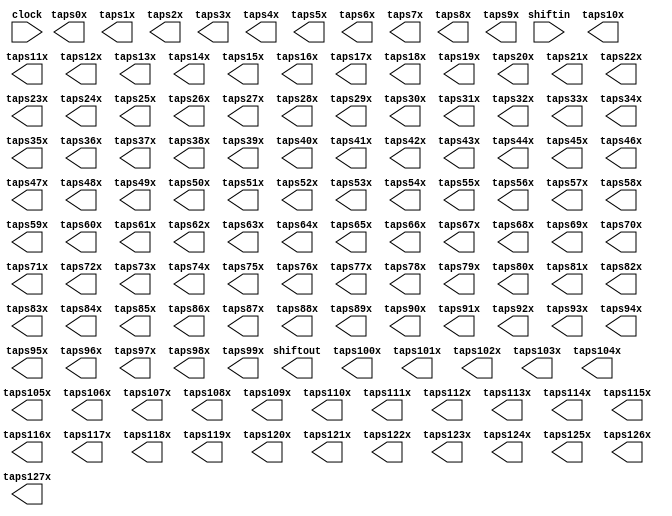
// megafunction wizard: %Shift register (RAM-based)%VBB%
// GENERATION: STANDARD
// VERSION: WM1.0
// MODULE: ALTSHIFT_TAPS 

// ============================================================
// Megafunction Name(s):
// 			ALTSHIFT_TAPS
//
// Simulation Library Files(s):
// 			altera_mf
// ============================================================
// ************************************************************
// THIS IS A WIZARD-GENERATED FILE. DO NOT EDIT THIS FILE!
//
// 12.1 Build 177 11/07/2012 SJ Full Version
// ************************************************************

//Copyright (C) 1991-2012 Altera Corporation
//Your use of Altera Corporation's design tools, logic functions 
//and other software and tools, and its AMPP partner logic 
//functions, and any output files from any of the foregoing 
//(including device programming or simulation files), and any 
//associated documentation or information are expressly subject 
//to the terms and conditions of the Altera Program License 
//Subscription Agreement, Altera MegaCore Function License 
//Agreement, or other applicable license agreement, including, 
//without limitation, that your use is for the sole purpose of 
//programming logic devices manufactured by Altera and sold by 
//Altera or its authorized distributors.  Please refer to the 
//applicable agreement for further details.

module history_reg (
	clock,
	shiftin,
	shiftout,
	taps0x,
	taps100x,
	taps101x,
	taps102x,
	taps103x,
	taps104x,
	taps105x,
	taps106x,
	taps107x,
	taps108x,
	taps109x,
	taps10x,
	taps110x,
	taps111x,
	taps112x,
	taps113x,
	taps114x,
	taps115x,
	taps116x,
	taps117x,
	taps118x,
	taps119x,
	taps11x,
	taps120x,
	taps121x,
	taps122x,
	taps123x,
	taps124x,
	taps125x,
	taps126x,
	taps127x,
	taps12x,
	taps13x,
	taps14x,
	taps15x,
	taps16x,
	taps17x,
	taps18x,
	taps19x,
	taps1x,
	taps20x,
	taps21x,
	taps22x,
	taps23x,
	taps24x,
	taps25x,
	taps26x,
	taps27x,
	taps28x,
	taps29x,
	taps2x,
	taps30x,
	taps31x,
	taps32x,
	taps33x,
	taps34x,
	taps35x,
	taps36x,
	taps37x,
	taps38x,
	taps39x,
	taps3x,
	taps40x,
	taps41x,
	taps42x,
	taps43x,
	taps44x,
	taps45x,
	taps46x,
	taps47x,
	taps48x,
	taps49x,
	taps4x,
	taps50x,
	taps51x,
	taps52x,
	taps53x,
	taps54x,
	taps55x,
	taps56x,
	taps57x,
	taps58x,
	taps59x,
	taps5x,
	taps60x,
	taps61x,
	taps62x,
	taps63x,
	taps64x,
	taps65x,
	taps66x,
	taps67x,
	taps68x,
	taps69x,
	taps6x,
	taps70x,
	taps71x,
	taps72x,
	taps73x,
	taps74x,
	taps75x,
	taps76x,
	taps77x,
	taps78x,
	taps79x,
	taps7x,
	taps80x,
	taps81x,
	taps82x,
	taps83x,
	taps84x,
	taps85x,
	taps86x,
	taps87x,
	taps88x,
	taps89x,
	taps8x,
	taps90x,
	taps91x,
	taps92x,
	taps93x,
	taps94x,
	taps95x,
	taps96x,
	taps97x,
	taps98x,
	taps99x,
	taps9x);

	input	  clock;
	input	[11:0]  shiftin;
	output	[11:0]  shiftout;
	output	[11:0]  taps0x;
	output	[11:0]  taps100x;
	output	[11:0]  taps101x;
	output	[11:0]  taps102x;
	output	[11:0]  taps103x;
	output	[11:0]  taps104x;
	output	[11:0]  taps105x;
	output	[11:0]  taps106x;
	output	[11:0]  taps107x;
	output	[11:0]  taps108x;
	output	[11:0]  taps109x;
	output	[11:0]  taps10x;
	output	[11:0]  taps110x;
	output	[11:0]  taps111x;
	output	[11:0]  taps112x;
	output	[11:0]  taps113x;
	output	[11:0]  taps114x;
	output	[11:0]  taps115x;
	output	[11:0]  taps116x;
	output	[11:0]  taps117x;
	output	[11:0]  taps118x;
	output	[11:0]  taps119x;
	output	[11:0]  taps11x;
	output	[11:0]  taps120x;
	output	[11:0]  taps121x;
	output	[11:0]  taps122x;
	output	[11:0]  taps123x;
	output	[11:0]  taps124x;
	output	[11:0]  taps125x;
	output	[11:0]  taps126x;
	output	[11:0]  taps127x;
	output	[11:0]  taps12x;
	output	[11:0]  taps13x;
	output	[11:0]  taps14x;
	output	[11:0]  taps15x;
	output	[11:0]  taps16x;
	output	[11:0]  taps17x;
	output	[11:0]  taps18x;
	output	[11:0]  taps19x;
	output	[11:0]  taps1x;
	output	[11:0]  taps20x;
	output	[11:0]  taps21x;
	output	[11:0]  taps22x;
	output	[11:0]  taps23x;
	output	[11:0]  taps24x;
	output	[11:0]  taps25x;
	output	[11:0]  taps26x;
	output	[11:0]  taps27x;
	output	[11:0]  taps28x;
	output	[11:0]  taps29x;
	output	[11:0]  taps2x;
	output	[11:0]  taps30x;
	output	[11:0]  taps31x;
	output	[11:0]  taps32x;
	output	[11:0]  taps33x;
	output	[11:0]  taps34x;
	output	[11:0]  taps35x;
	output	[11:0]  taps36x;
	output	[11:0]  taps37x;
	output	[11:0]  taps38x;
	output	[11:0]  taps39x;
	output	[11:0]  taps3x;
	output	[11:0]  taps40x;
	output	[11:0]  taps41x;
	output	[11:0]  taps42x;
	output	[11:0]  taps43x;
	output	[11:0]  taps44x;
	output	[11:0]  taps45x;
	output	[11:0]  taps46x;
	output	[11:0]  taps47x;
	output	[11:0]  taps48x;
	output	[11:0]  taps49x;
	output	[11:0]  taps4x;
	output	[11:0]  taps50x;
	output	[11:0]  taps51x;
	output	[11:0]  taps52x;
	output	[11:0]  taps53x;
	output	[11:0]  taps54x;
	output	[11:0]  taps55x;
	output	[11:0]  taps56x;
	output	[11:0]  taps57x;
	output	[11:0]  taps58x;
	output	[11:0]  taps59x;
	output	[11:0]  taps5x;
	output	[11:0]  taps60x;
	output	[11:0]  taps61x;
	output	[11:0]  taps62x;
	output	[11:0]  taps63x;
	output	[11:0]  taps64x;
	output	[11:0]  taps65x;
	output	[11:0]  taps66x;
	output	[11:0]  taps67x;
	output	[11:0]  taps68x;
	output	[11:0]  taps69x;
	output	[11:0]  taps6x;
	output	[11:0]  taps70x;
	output	[11:0]  taps71x;
	output	[11:0]  taps72x;
	output	[11:0]  taps73x;
	output	[11:0]  taps74x;
	output	[11:0]  taps75x;
	output	[11:0]  taps76x;
	output	[11:0]  taps77x;
	output	[11:0]  taps78x;
	output	[11:0]  taps79x;
	output	[11:0]  taps7x;
	output	[11:0]  taps80x;
	output	[11:0]  taps81x;
	output	[11:0]  taps82x;
	output	[11:0]  taps83x;
	output	[11:0]  taps84x;
	output	[11:0]  taps85x;
	output	[11:0]  taps86x;
	output	[11:0]  taps87x;
	output	[11:0]  taps88x;
	output	[11:0]  taps89x;
	output	[11:0]  taps8x;
	output	[11:0]  taps90x;
	output	[11:0]  taps91x;
	output	[11:0]  taps92x;
	output	[11:0]  taps93x;
	output	[11:0]  taps94x;
	output	[11:0]  taps95x;
	output	[11:0]  taps96x;
	output	[11:0]  taps97x;
	output	[11:0]  taps98x;
	output	[11:0]  taps99x;
	output	[11:0]  taps9x;

endmodule

// ============================================================
// CNX file retrieval info
// ============================================================
// Retrieval info: PRIVATE: ACLR NUMERIC "0"
// Retrieval info: PRIVATE: CLKEN NUMERIC "0"
// Retrieval info: PRIVATE: GROUP_TAPS NUMERIC "1"
// Retrieval info: PRIVATE: INTENDED_DEVICE_FAMILY STRING "Cyclone IV E"
// Retrieval info: PRIVATE: NUMBER_OF_TAPS NUMERIC "128"
// Retrieval info: PRIVATE: RAM_BLOCK_TYPE NUMERIC "3"
// Retrieval info: PRIVATE: SYNTH_WRAPPER_GEN_POSTFIX STRING "0"
// Retrieval info: PRIVATE: TAP_DISTANCE NUMERIC "3"
// Retrieval info: PRIVATE: WIDTH NUMERIC "12"
// Retrieval info: LIBRARY: altera_mf altera_mf.altera_mf_components.all
// Retrieval info: CONSTANT: INTENDED_DEVICE_FAMILY STRING "Cyclone IV E"
// Retrieval info: CONSTANT: LPM_HINT STRING "RAM_BLOCK_TYPE=AUTO"
// Retrieval info: CONSTANT: LPM_TYPE STRING "altshift_taps"
// Retrieval info: CONSTANT: NUMBER_OF_TAPS NUMERIC "128"
// Retrieval info: CONSTANT: TAP_DISTANCE NUMERIC "3"
// Retrieval info: CONSTANT: WIDTH NUMERIC "12"
// Retrieval info: USED_PORT: clock 0 0 0 0 INPUT NODEFVAL "clock"
// Retrieval info: USED_PORT: shiftin 0 0 12 0 INPUT NODEFVAL "shiftin[11..0]"
// Retrieval info: USED_PORT: shiftout 0 0 12 0 OUTPUT NODEFVAL "shiftout[11..0]"
// Retrieval info: USED_PORT: taps0x 0 0 12 0 OUTPUT NODEFVAL "taps0x[11..0]"
// Retrieval info: USED_PORT: taps100x 0 0 12 0 OUTPUT NODEFVAL "taps100x[11..0]"
// Retrieval info: USED_PORT: taps101x 0 0 12 0 OUTPUT NODEFVAL "taps101x[11..0]"
// Retrieval info: USED_PORT: taps102x 0 0 12 0 OUTPUT NODEFVAL "taps102x[11..0]"
// Retrieval info: USED_PORT: taps103x 0 0 12 0 OUTPUT NODEFVAL "taps103x[11..0]"
// Retrieval info: USED_PORT: taps104x 0 0 12 0 OUTPUT NODEFVAL "taps104x[11..0]"
// Retrieval info: USED_PORT: taps105x 0 0 12 0 OUTPUT NODEFVAL "taps105x[11..0]"
// Retrieval info: USED_PORT: taps106x 0 0 12 0 OUTPUT NODEFVAL "taps106x[11..0]"
// Retrieval info: USED_PORT: taps107x 0 0 12 0 OUTPUT NODEFVAL "taps107x[11..0]"
// Retrieval info: USED_PORT: taps108x 0 0 12 0 OUTPUT NODEFVAL "taps108x[11..0]"
// Retrieval info: USED_PORT: taps109x 0 0 12 0 OUTPUT NODEFVAL "taps109x[11..0]"
// Retrieval info: USED_PORT: taps10x 0 0 12 0 OUTPUT NODEFVAL "taps10x[11..0]"
// Retrieval info: USED_PORT: taps110x 0 0 12 0 OUTPUT NODEFVAL "taps110x[11..0]"
// Retrieval info: USED_PORT: taps111x 0 0 12 0 OUTPUT NODEFVAL "taps111x[11..0]"
// Retrieval info: USED_PORT: taps112x 0 0 12 0 OUTPUT NODEFVAL "taps112x[11..0]"
// Retrieval info: USED_PORT: taps113x 0 0 12 0 OUTPUT NODEFVAL "taps113x[11..0]"
// Retrieval info: USED_PORT: taps114x 0 0 12 0 OUTPUT NODEFVAL "taps114x[11..0]"
// Retrieval info: USED_PORT: taps115x 0 0 12 0 OUTPUT NODEFVAL "taps115x[11..0]"
// Retrieval info: USED_PORT: taps116x 0 0 12 0 OUTPUT NODEFVAL "taps116x[11..0]"
// Retrieval info: USED_PORT: taps117x 0 0 12 0 OUTPUT NODEFVAL "taps117x[11..0]"
// Retrieval info: USED_PORT: taps118x 0 0 12 0 OUTPUT NODEFVAL "taps118x[11..0]"
// Retrieval info: USED_PORT: taps119x 0 0 12 0 OUTPUT NODEFVAL "taps119x[11..0]"
// Retrieval info: USED_PORT: taps11x 0 0 12 0 OUTPUT NODEFVAL "taps11x[11..0]"
// Retrieval info: USED_PORT: taps120x 0 0 12 0 OUTPUT NODEFVAL "taps120x[11..0]"
// Retrieval info: USED_PORT: taps121x 0 0 12 0 OUTPUT NODEFVAL "taps121x[11..0]"
// Retrieval info: USED_PORT: taps122x 0 0 12 0 OUTPUT NODEFVAL "taps122x[11..0]"
// Retrieval info: USED_PORT: taps123x 0 0 12 0 OUTPUT NODEFVAL "taps123x[11..0]"
// Retrieval info: USED_PORT: taps124x 0 0 12 0 OUTPUT NODEFVAL "taps124x[11..0]"
// Retrieval info: USED_PORT: taps125x 0 0 12 0 OUTPUT NODEFVAL "taps125x[11..0]"
// Retrieval info: USED_PORT: taps126x 0 0 12 0 OUTPUT NODEFVAL "taps126x[11..0]"
// Retrieval info: USED_PORT: taps127x 0 0 12 0 OUTPUT NODEFVAL "taps127x[11..0]"
// Retrieval info: USED_PORT: taps12x 0 0 12 0 OUTPUT NODEFVAL "taps12x[11..0]"
// Retrieval info: USED_PORT: taps13x 0 0 12 0 OUTPUT NODEFVAL "taps13x[11..0]"
// Retrieval info: USED_PORT: taps14x 0 0 12 0 OUTPUT NODEFVAL "taps14x[11..0]"
// Retrieval info: USED_PORT: taps15x 0 0 12 0 OUTPUT NODEFVAL "taps15x[11..0]"
// Retrieval info: USED_PORT: taps16x 0 0 12 0 OUTPUT NODEFVAL "taps16x[11..0]"
// Retrieval info: USED_PORT: taps17x 0 0 12 0 OUTPUT NODEFVAL "taps17x[11..0]"
// Retrieval info: USED_PORT: taps18x 0 0 12 0 OUTPUT NODEFVAL "taps18x[11..0]"
// Retrieval info: USED_PORT: taps19x 0 0 12 0 OUTPUT NODEFVAL "taps19x[11..0]"
// Retrieval info: USED_PORT: taps1x 0 0 12 0 OUTPUT NODEFVAL "taps1x[11..0]"
// Retrieval info: USED_PORT: taps20x 0 0 12 0 OUTPUT NODEFVAL "taps20x[11..0]"
// Retrieval info: USED_PORT: taps21x 0 0 12 0 OUTPUT NODEFVAL "taps21x[11..0]"
// Retrieval info: USED_PORT: taps22x 0 0 12 0 OUTPUT NODEFVAL "taps22x[11..0]"
// Retrieval info: USED_PORT: taps23x 0 0 12 0 OUTPUT NODEFVAL "taps23x[11..0]"
// Retrieval info: USED_PORT: taps24x 0 0 12 0 OUTPUT NODEFVAL "taps24x[11..0]"
// Retrieval info: USED_PORT: taps25x 0 0 12 0 OUTPUT NODEFVAL "taps25x[11..0]"
// Retrieval info: USED_PORT: taps26x 0 0 12 0 OUTPUT NODEFVAL "taps26x[11..0]"
// Retrieval info: USED_PORT: taps27x 0 0 12 0 OUTPUT NODEFVAL "taps27x[11..0]"
// Retrieval info: USED_PORT: taps28x 0 0 12 0 OUTPUT NODEFVAL "taps28x[11..0]"
// Retrieval info: USED_PORT: taps29x 0 0 12 0 OUTPUT NODEFVAL "taps29x[11..0]"
// Retrieval info: USED_PORT: taps2x 0 0 12 0 OUTPUT NODEFVAL "taps2x[11..0]"
// Retrieval info: USED_PORT: taps30x 0 0 12 0 OUTPUT NODEFVAL "taps30x[11..0]"
// Retrieval info: USED_PORT: taps31x 0 0 12 0 OUTPUT NODEFVAL "taps31x[11..0]"
// Retrieval info: USED_PORT: taps32x 0 0 12 0 OUTPUT NODEFVAL "taps32x[11..0]"
// Retrieval info: USED_PORT: taps33x 0 0 12 0 OUTPUT NODEFVAL "taps33x[11..0]"
// Retrieval info: USED_PORT: taps34x 0 0 12 0 OUTPUT NODEFVAL "taps34x[11..0]"
// Retrieval info: USED_PORT: taps35x 0 0 12 0 OUTPUT NODEFVAL "taps35x[11..0]"
// Retrieval info: USED_PORT: taps36x 0 0 12 0 OUTPUT NODEFVAL "taps36x[11..0]"
// Retrieval info: USED_PORT: taps37x 0 0 12 0 OUTPUT NODEFVAL "taps37x[11..0]"
// Retrieval info: USED_PORT: taps38x 0 0 12 0 OUTPUT NODEFVAL "taps38x[11..0]"
// Retrieval info: USED_PORT: taps39x 0 0 12 0 OUTPUT NODEFVAL "taps39x[11..0]"
// Retrieval info: USED_PORT: taps3x 0 0 12 0 OUTPUT NODEFVAL "taps3x[11..0]"
// Retrieval info: USED_PORT: taps40x 0 0 12 0 OUTPUT NODEFVAL "taps40x[11..0]"
// Retrieval info: USED_PORT: taps41x 0 0 12 0 OUTPUT NODEFVAL "taps41x[11..0]"
// Retrieval info: USED_PORT: taps42x 0 0 12 0 OUTPUT NODEFVAL "taps42x[11..0]"
// Retrieval info: USED_PORT: taps43x 0 0 12 0 OUTPUT NODEFVAL "taps43x[11..0]"
// Retrieval info: USED_PORT: taps44x 0 0 12 0 OUTPUT NODEFVAL "taps44x[11..0]"
// Retrieval info: USED_PORT: taps45x 0 0 12 0 OUTPUT NODEFVAL "taps45x[11..0]"
// Retrieval info: USED_PORT: taps46x 0 0 12 0 OUTPUT NODEFVAL "taps46x[11..0]"
// Retrieval info: USED_PORT: taps47x 0 0 12 0 OUTPUT NODEFVAL "taps47x[11..0]"
// Retrieval info: USED_PORT: taps48x 0 0 12 0 OUTPUT NODEFVAL "taps48x[11..0]"
// Retrieval info: USED_PORT: taps49x 0 0 12 0 OUTPUT NODEFVAL "taps49x[11..0]"
// Retrieval info: USED_PORT: taps4x 0 0 12 0 OUTPUT NODEFVAL "taps4x[11..0]"
// Retrieval info: USED_PORT: taps50x 0 0 12 0 OUTPUT NODEFVAL "taps50x[11..0]"
// Retrieval info: USED_PORT: taps51x 0 0 12 0 OUTPUT NODEFVAL "taps51x[11..0]"
// Retrieval info: USED_PORT: taps52x 0 0 12 0 OUTPUT NODEFVAL "taps52x[11..0]"
// Retrieval info: USED_PORT: taps53x 0 0 12 0 OUTPUT NODEFVAL "taps53x[11..0]"
// Retrieval info: USED_PORT: taps54x 0 0 12 0 OUTPUT NODEFVAL "taps54x[11..0]"
// Retrieval info: USED_PORT: taps55x 0 0 12 0 OUTPUT NODEFVAL "taps55x[11..0]"
// Retrieval info: USED_PORT: taps56x 0 0 12 0 OUTPUT NODEFVAL "taps56x[11..0]"
// Retrieval info: USED_PORT: taps57x 0 0 12 0 OUTPUT NODEFVAL "taps57x[11..0]"
// Retrieval info: USED_PORT: taps58x 0 0 12 0 OUTPUT NODEFVAL "taps58x[11..0]"
// Retrieval info: USED_PORT: taps59x 0 0 12 0 OUTPUT NODEFVAL "taps59x[11..0]"
// Retrieval info: USED_PORT: taps5x 0 0 12 0 OUTPUT NODEFVAL "taps5x[11..0]"
// Retrieval info: USED_PORT: taps60x 0 0 12 0 OUTPUT NODEFVAL "taps60x[11..0]"
// Retrieval info: USED_PORT: taps61x 0 0 12 0 OUTPUT NODEFVAL "taps61x[11..0]"
// Retrieval info: USED_PORT: taps62x 0 0 12 0 OUTPUT NODEFVAL "taps62x[11..0]"
// Retrieval info: USED_PORT: taps63x 0 0 12 0 OUTPUT NODEFVAL "taps63x[11..0]"
// Retrieval info: USED_PORT: taps64x 0 0 12 0 OUTPUT NODEFVAL "taps64x[11..0]"
// Retrieval info: USED_PORT: taps65x 0 0 12 0 OUTPUT NODEFVAL "taps65x[11..0]"
// Retrieval info: USED_PORT: taps66x 0 0 12 0 OUTPUT NODEFVAL "taps66x[11..0]"
// Retrieval info: USED_PORT: taps67x 0 0 12 0 OUTPUT NODEFVAL "taps67x[11..0]"
// Retrieval info: USED_PORT: taps68x 0 0 12 0 OUTPUT NODEFVAL "taps68x[11..0]"
// Retrieval info: USED_PORT: taps69x 0 0 12 0 OUTPUT NODEFVAL "taps69x[11..0]"
// Retrieval info: USED_PORT: taps6x 0 0 12 0 OUTPUT NODEFVAL "taps6x[11..0]"
// Retrieval info: USED_PORT: taps70x 0 0 12 0 OUTPUT NODEFVAL "taps70x[11..0]"
// Retrieval info: USED_PORT: taps71x 0 0 12 0 OUTPUT NODEFVAL "taps71x[11..0]"
// Retrieval info: USED_PORT: taps72x 0 0 12 0 OUTPUT NODEFVAL "taps72x[11..0]"
// Retrieval info: USED_PORT: taps73x 0 0 12 0 OUTPUT NODEFVAL "taps73x[11..0]"
// Retrieval info: USED_PORT: taps74x 0 0 12 0 OUTPUT NODEFVAL "taps74x[11..0]"
// Retrieval info: USED_PORT: taps75x 0 0 12 0 OUTPUT NODEFVAL "taps75x[11..0]"
// Retrieval info: USED_PORT: taps76x 0 0 12 0 OUTPUT NODEFVAL "taps76x[11..0]"
// Retrieval info: USED_PORT: taps77x 0 0 12 0 OUTPUT NODEFVAL "taps77x[11..0]"
// Retrieval info: USED_PORT: taps78x 0 0 12 0 OUTPUT NODEFVAL "taps78x[11..0]"
// Retrieval info: USED_PORT: taps79x 0 0 12 0 OUTPUT NODEFVAL "taps79x[11..0]"
// Retrieval info: USED_PORT: taps7x 0 0 12 0 OUTPUT NODEFVAL "taps7x[11..0]"
// Retrieval info: USED_PORT: taps80x 0 0 12 0 OUTPUT NODEFVAL "taps80x[11..0]"
// Retrieval info: USED_PORT: taps81x 0 0 12 0 OUTPUT NODEFVAL "taps81x[11..0]"
// Retrieval info: USED_PORT: taps82x 0 0 12 0 OUTPUT NODEFVAL "taps82x[11..0]"
// Retrieval info: USED_PORT: taps83x 0 0 12 0 OUTPUT NODEFVAL "taps83x[11..0]"
// Retrieval info: USED_PORT: taps84x 0 0 12 0 OUTPUT NODEFVAL "taps84x[11..0]"
// Retrieval info: USED_PORT: taps85x 0 0 12 0 OUTPUT NODEFVAL "taps85x[11..0]"
// Retrieval info: USED_PORT: taps86x 0 0 12 0 OUTPUT NODEFVAL "taps86x[11..0]"
// Retrieval info: USED_PORT: taps87x 0 0 12 0 OUTPUT NODEFVAL "taps87x[11..0]"
// Retrieval info: USED_PORT: taps88x 0 0 12 0 OUTPUT NODEFVAL "taps88x[11..0]"
// Retrieval info: USED_PORT: taps89x 0 0 12 0 OUTPUT NODEFVAL "taps89x[11..0]"
// Retrieval info: USED_PORT: taps8x 0 0 12 0 OUTPUT NODEFVAL "taps8x[11..0]"
// Retrieval info: USED_PORT: taps90x 0 0 12 0 OUTPUT NODEFVAL "taps90x[11..0]"
// Retrieval info: USED_PORT: taps91x 0 0 12 0 OUTPUT NODEFVAL "taps91x[11..0]"
// Retrieval info: USED_PORT: taps92x 0 0 12 0 OUTPUT NODEFVAL "taps92x[11..0]"
// Retrieval info: USED_PORT: taps93x 0 0 12 0 OUTPUT NODEFVAL "taps93x[11..0]"
// Retrieval info: USED_PORT: taps94x 0 0 12 0 OUTPUT NODEFVAL "taps94x[11..0]"
// Retrieval info: USED_PORT: taps95x 0 0 12 0 OUTPUT NODEFVAL "taps95x[11..0]"
// Retrieval info: USED_PORT: taps96x 0 0 12 0 OUTPUT NODEFVAL "taps96x[11..0]"
// Retrieval info: USED_PORT: taps97x 0 0 12 0 OUTPUT NODEFVAL "taps97x[11..0]"
// Retrieval info: USED_PORT: taps98x 0 0 12 0 OUTPUT NODEFVAL "taps98x[11..0]"
// Retrieval info: USED_PORT: taps99x 0 0 12 0 OUTPUT NODEFVAL "taps99x[11..0]"
// Retrieval info: USED_PORT: taps9x 0 0 12 0 OUTPUT NODEFVAL "taps9x[11..0]"
// Retrieval info: CONNECT: @clock 0 0 0 0 clock 0 0 0 0
// Retrieval info: CONNECT: @shiftin 0 0 12 0 shiftin 0 0 12 0
// Retrieval info: CONNECT: shiftout 0 0 12 0 @shiftout 0 0 12 0
// Retrieval info: CONNECT: taps0x 0 0 12 0 @taps 0 0 12 0
// Retrieval info: CONNECT: taps100x 0 0 12 0 @taps 0 0 12 1200
// Retrieval info: CONNECT: taps101x 0 0 12 0 @taps 0 0 12 1212
// Retrieval info: CONNECT: taps102x 0 0 12 0 @taps 0 0 12 1224
// Retrieval info: CONNECT: taps103x 0 0 12 0 @taps 0 0 12 1236
// Retrieval info: CONNECT: taps104x 0 0 12 0 @taps 0 0 12 1248
// Retrieval info: CONNECT: taps105x 0 0 12 0 @taps 0 0 12 1260
// Retrieval info: CONNECT: taps106x 0 0 12 0 @taps 0 0 12 1272
// Retrieval info: CONNECT: taps107x 0 0 12 0 @taps 0 0 12 1284
// Retrieval info: CONNECT: taps108x 0 0 12 0 @taps 0 0 12 1296
// Retrieval info: CONNECT: taps109x 0 0 12 0 @taps 0 0 12 1308
// Retrieval info: CONNECT: taps10x 0 0 12 0 @taps 0 0 12 120
// Retrieval info: CONNECT: taps110x 0 0 12 0 @taps 0 0 12 1320
// Retrieval info: CONNECT: taps111x 0 0 12 0 @taps 0 0 12 1332
// Retrieval info: CONNECT: taps112x 0 0 12 0 @taps 0 0 12 1344
// Retrieval info: CONNECT: taps113x 0 0 12 0 @taps 0 0 12 1356
// Retrieval info: CONNECT: taps114x 0 0 12 0 @taps 0 0 12 1368
// Retrieval info: CONNECT: taps115x 0 0 12 0 @taps 0 0 12 1380
// Retrieval info: CONNECT: taps116x 0 0 12 0 @taps 0 0 12 1392
// Retrieval info: CONNECT: taps117x 0 0 12 0 @taps 0 0 12 1404
// Retrieval info: CONNECT: taps118x 0 0 12 0 @taps 0 0 12 1416
// Retrieval info: CONNECT: taps119x 0 0 12 0 @taps 0 0 12 1428
// Retrieval info: CONNECT: taps11x 0 0 12 0 @taps 0 0 12 132
// Retrieval info: CONNECT: taps120x 0 0 12 0 @taps 0 0 12 1440
// Retrieval info: CONNECT: taps121x 0 0 12 0 @taps 0 0 12 1452
// Retrieval info: CONNECT: taps122x 0 0 12 0 @taps 0 0 12 1464
// Retrieval info: CONNECT: taps123x 0 0 12 0 @taps 0 0 12 1476
// Retrieval info: CONNECT: taps124x 0 0 12 0 @taps 0 0 12 1488
// Retrieval info: CONNECT: taps125x 0 0 12 0 @taps 0 0 12 1500
// Retrieval info: CONNECT: taps126x 0 0 12 0 @taps 0 0 12 1512
// Retrieval info: CONNECT: taps127x 0 0 12 0 @taps 0 0 12 1524
// Retrieval info: CONNECT: taps12x 0 0 12 0 @taps 0 0 12 144
// Retrieval info: CONNECT: taps13x 0 0 12 0 @taps 0 0 12 156
// Retrieval info: CONNECT: taps14x 0 0 12 0 @taps 0 0 12 168
// Retrieval info: CONNECT: taps15x 0 0 12 0 @taps 0 0 12 180
// Retrieval info: CONNECT: taps16x 0 0 12 0 @taps 0 0 12 192
// Retrieval info: CONNECT: taps17x 0 0 12 0 @taps 0 0 12 204
// Retrieval info: CONNECT: taps18x 0 0 12 0 @taps 0 0 12 216
// Retrieval info: CONNECT: taps19x 0 0 12 0 @taps 0 0 12 228
// Retrieval info: CONNECT: taps1x 0 0 12 0 @taps 0 0 12 12
// Retrieval info: CONNECT: taps20x 0 0 12 0 @taps 0 0 12 240
// Retrieval info: CONNECT: taps21x 0 0 12 0 @taps 0 0 12 252
// Retrieval info: CONNECT: taps22x 0 0 12 0 @taps 0 0 12 264
// Retrieval info: CONNECT: taps23x 0 0 12 0 @taps 0 0 12 276
// Retrieval info: CONNECT: taps24x 0 0 12 0 @taps 0 0 12 288
// Retrieval info: CONNECT: taps25x 0 0 12 0 @taps 0 0 12 300
// Retrieval info: CONNECT: taps26x 0 0 12 0 @taps 0 0 12 312
// Retrieval info: CONNECT: taps27x 0 0 12 0 @taps 0 0 12 324
// Retrieval info: CONNECT: taps28x 0 0 12 0 @taps 0 0 12 336
// Retrieval info: CONNECT: taps29x 0 0 12 0 @taps 0 0 12 348
// Retrieval info: CONNECT: taps2x 0 0 12 0 @taps 0 0 12 24
// Retrieval info: CONNECT: taps30x 0 0 12 0 @taps 0 0 12 360
// Retrieval info: CONNECT: taps31x 0 0 12 0 @taps 0 0 12 372
// Retrieval info: CONNECT: taps32x 0 0 12 0 @taps 0 0 12 384
// Retrieval info: CONNECT: taps33x 0 0 12 0 @taps 0 0 12 396
// Retrieval info: CONNECT: taps34x 0 0 12 0 @taps 0 0 12 408
// Retrieval info: CONNECT: taps35x 0 0 12 0 @taps 0 0 12 420
// Retrieval info: CONNECT: taps36x 0 0 12 0 @taps 0 0 12 432
// Retrieval info: CONNECT: taps37x 0 0 12 0 @taps 0 0 12 444
// Retrieval info: CONNECT: taps38x 0 0 12 0 @taps 0 0 12 456
// Retrieval info: CONNECT: taps39x 0 0 12 0 @taps 0 0 12 468
// Retrieval info: CONNECT: taps3x 0 0 12 0 @taps 0 0 12 36
// Retrieval info: CONNECT: taps40x 0 0 12 0 @taps 0 0 12 480
// Retrieval info: CONNECT: taps41x 0 0 12 0 @taps 0 0 12 492
// Retrieval info: CONNECT: taps42x 0 0 12 0 @taps 0 0 12 504
// Retrieval info: CONNECT: taps43x 0 0 12 0 @taps 0 0 12 516
// Retrieval info: CONNECT: taps44x 0 0 12 0 @taps 0 0 12 528
// Retrieval info: CONNECT: taps45x 0 0 12 0 @taps 0 0 12 540
// Retrieval info: CONNECT: taps46x 0 0 12 0 @taps 0 0 12 552
// Retrieval info: CONNECT: taps47x 0 0 12 0 @taps 0 0 12 564
// Retrieval info: CONNECT: taps48x 0 0 12 0 @taps 0 0 12 576
// Retrieval info: CONNECT: taps49x 0 0 12 0 @taps 0 0 12 588
// Retrieval info: CONNECT: taps4x 0 0 12 0 @taps 0 0 12 48
// Retrieval info: CONNECT: taps50x 0 0 12 0 @taps 0 0 12 600
// Retrieval info: CONNECT: taps51x 0 0 12 0 @taps 0 0 12 612
// Retrieval info: CONNECT: taps52x 0 0 12 0 @taps 0 0 12 624
// Retrieval info: CONNECT: taps53x 0 0 12 0 @taps 0 0 12 636
// Retrieval info: CONNECT: taps54x 0 0 12 0 @taps 0 0 12 648
// Retrieval info: CONNECT: taps55x 0 0 12 0 @taps 0 0 12 660
// Retrieval info: CONNECT: taps56x 0 0 12 0 @taps 0 0 12 672
// Retrieval info: CONNECT: taps57x 0 0 12 0 @taps 0 0 12 684
// Retrieval info: CONNECT: taps58x 0 0 12 0 @taps 0 0 12 696
// Retrieval info: CONNECT: taps59x 0 0 12 0 @taps 0 0 12 708
// Retrieval info: CONNECT: taps5x 0 0 12 0 @taps 0 0 12 60
// Retrieval info: CONNECT: taps60x 0 0 12 0 @taps 0 0 12 720
// Retrieval info: CONNECT: taps61x 0 0 12 0 @taps 0 0 12 732
// Retrieval info: CONNECT: taps62x 0 0 12 0 @taps 0 0 12 744
// Retrieval info: CONNECT: taps63x 0 0 12 0 @taps 0 0 12 756
// Retrieval info: CONNECT: taps64x 0 0 12 0 @taps 0 0 12 768
// Retrieval info: CONNECT: taps65x 0 0 12 0 @taps 0 0 12 780
// Retrieval info: CONNECT: taps66x 0 0 12 0 @taps 0 0 12 792
// Retrieval info: CONNECT: taps67x 0 0 12 0 @taps 0 0 12 804
// Retrieval info: CONNECT: taps68x 0 0 12 0 @taps 0 0 12 816
// Retrieval info: CONNECT: taps69x 0 0 12 0 @taps 0 0 12 828
// Retrieval info: CONNECT: taps6x 0 0 12 0 @taps 0 0 12 72
// Retrieval info: CONNECT: taps70x 0 0 12 0 @taps 0 0 12 840
// Retrieval info: CONNECT: taps71x 0 0 12 0 @taps 0 0 12 852
// Retrieval info: CONNECT: taps72x 0 0 12 0 @taps 0 0 12 864
// Retrieval info: CONNECT: taps73x 0 0 12 0 @taps 0 0 12 876
// Retrieval info: CONNECT: taps74x 0 0 12 0 @taps 0 0 12 888
// Retrieval info: CONNECT: taps75x 0 0 12 0 @taps 0 0 12 900
// Retrieval info: CONNECT: taps76x 0 0 12 0 @taps 0 0 12 912
// Retrieval info: CONNECT: taps77x 0 0 12 0 @taps 0 0 12 924
// Retrieval info: CONNECT: taps78x 0 0 12 0 @taps 0 0 12 936
// Retrieval info: CONNECT: taps79x 0 0 12 0 @taps 0 0 12 948
// Retrieval info: CONNECT: taps7x 0 0 12 0 @taps 0 0 12 84
// Retrieval info: CONNECT: taps80x 0 0 12 0 @taps 0 0 12 960
// Retrieval info: CONNECT: taps81x 0 0 12 0 @taps 0 0 12 972
// Retrieval info: CONNECT: taps82x 0 0 12 0 @taps 0 0 12 984
// Retrieval info: CONNECT: taps83x 0 0 12 0 @taps 0 0 12 996
// Retrieval info: CONNECT: taps84x 0 0 12 0 @taps 0 0 12 1008
// Retrieval info: CONNECT: taps85x 0 0 12 0 @taps 0 0 12 1020
// Retrieval info: CONNECT: taps86x 0 0 12 0 @taps 0 0 12 1032
// Retrieval info: CONNECT: taps87x 0 0 12 0 @taps 0 0 12 1044
// Retrieval info: CONNECT: taps88x 0 0 12 0 @taps 0 0 12 1056
// Retrieval info: CONNECT: taps89x 0 0 12 0 @taps 0 0 12 1068
// Retrieval info: CONNECT: taps8x 0 0 12 0 @taps 0 0 12 96
// Retrieval info: CONNECT: taps90x 0 0 12 0 @taps 0 0 12 1080
// Retrieval info: CONNECT: taps91x 0 0 12 0 @taps 0 0 12 1092
// Retrieval info: CONNECT: taps92x 0 0 12 0 @taps 0 0 12 1104
// Retrieval info: CONNECT: taps93x 0 0 12 0 @taps 0 0 12 1116
// Retrieval info: CONNECT: taps94x 0 0 12 0 @taps 0 0 12 1128
// Retrieval info: CONNECT: taps95x 0 0 12 0 @taps 0 0 12 1140
// Retrieval info: CONNECT: taps96x 0 0 12 0 @taps 0 0 12 1152
// Retrieval info: CONNECT: taps97x 0 0 12 0 @taps 0 0 12 1164
// Retrieval info: CONNECT: taps98x 0 0 12 0 @taps 0 0 12 1176
// Retrieval info: CONNECT: taps99x 0 0 12 0 @taps 0 0 12 1188
// Retrieval info: CONNECT: taps9x 0 0 12 0 @taps 0 0 12 108
// Retrieval info: GEN_FILE: TYPE_NORMAL history_reg.v TRUE
// Retrieval info: GEN_FILE: TYPE_NORMAL history_reg.inc FALSE
// Retrieval info: GEN_FILE: TYPE_NORMAL history_reg.cmp FALSE
// Retrieval info: GEN_FILE: TYPE_NORMAL history_reg.bsf FALSE
// Retrieval info: GEN_FILE: TYPE_NORMAL history_reg_inst.v FALSE
// Retrieval info: GEN_FILE: TYPE_NORMAL history_reg_bb.v TRUE
// Retrieval info: LIB_FILE: altera_mf